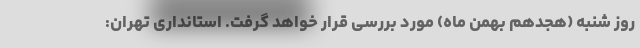
روز شنبه (هجدهم بهمن ماه) مورد بررسی قرار خواهد گرفت. استانداری تهران: